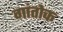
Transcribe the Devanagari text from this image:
गांतोक